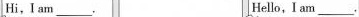
Hi，I am____. Hello，I am___.